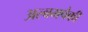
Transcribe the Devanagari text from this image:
अल्बमपैकी